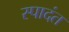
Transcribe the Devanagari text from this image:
स्पादंत